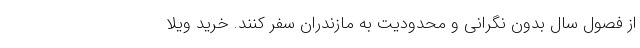
از فصول سال بدون نگرانی و محدودیت به مازندران سفر کنند. خرید ویلا